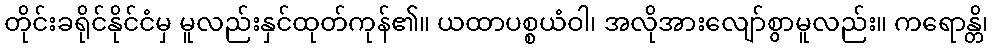
တိုင်းခရိုင်နိုင်ငံမှ မူလည်းနှင်ထုတ်ကုန်၏။ ယထာပစ္စယံဝါ၊ အလိုအားလျော်စွာမူလည်း။ ကရောန္တိ၊